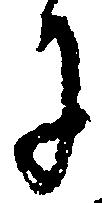
に